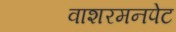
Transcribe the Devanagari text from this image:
वाशरमनपेट